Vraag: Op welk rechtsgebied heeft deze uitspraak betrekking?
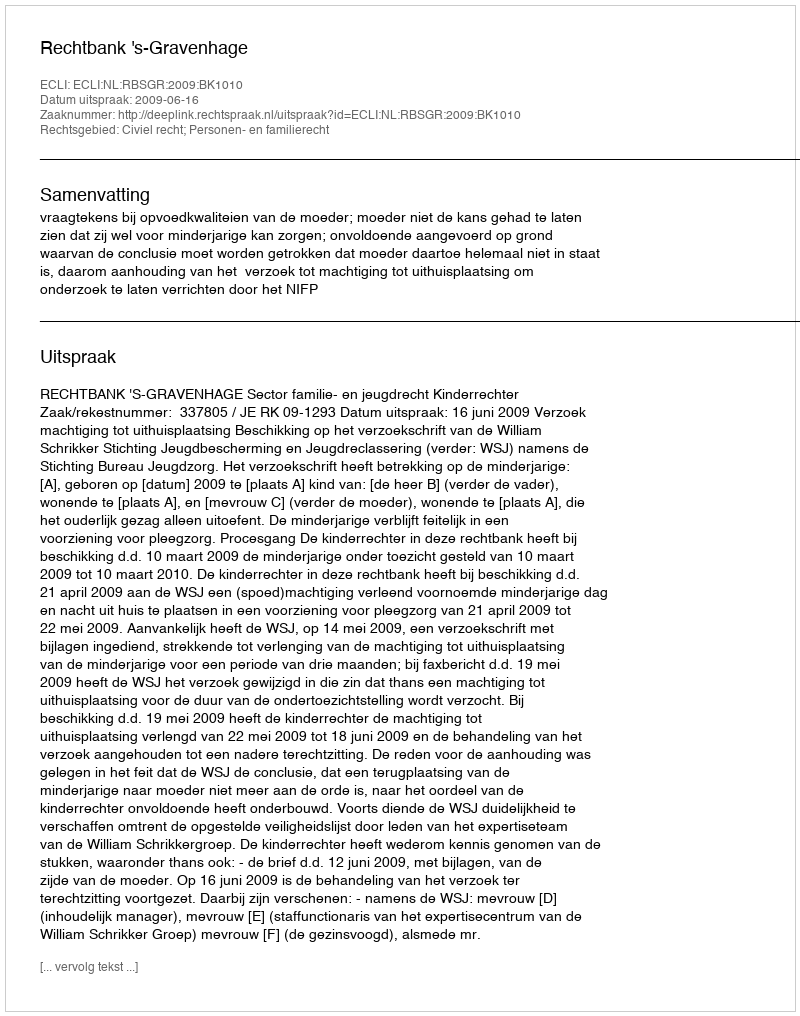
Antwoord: Civiel recht; Personen- en familierecht